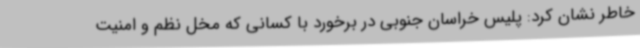
خاطر نشان کرد: پلیس خراسان جنوبی در برخورد با کسانی که مخل نظم و امنیت